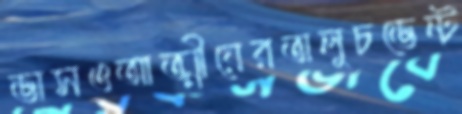
ভাসওআত্মীয়েরতালুচভেন্ট